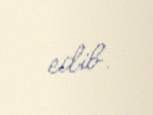
edib.